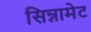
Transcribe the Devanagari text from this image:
सिन्नामेट